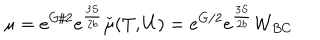
\mu = e ^ { G / 2 } e ^ { \frac { 3 S } { 2 b } } \check { \mu } ( T , U ) = e ^ { G / 2 } e ^ { \frac { 3 S } { 2 b } } { \cal W } _ { B C }